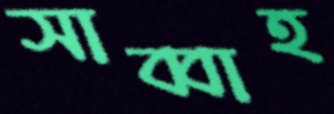
সাব্বাহ